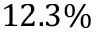
1 2 . 3 \%